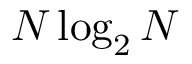
N \log _ { 2 } N